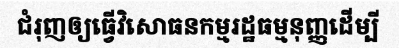
ជំរុញឲ្យធ្វើវិសោធនកម្មរដ្ឋធម្មនុញ្ញដើម្បី